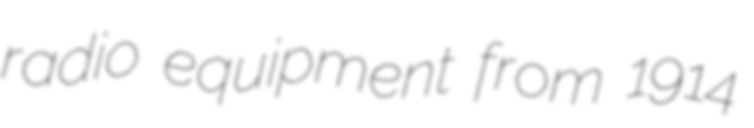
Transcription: radio equipment from 1914